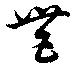
豊